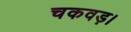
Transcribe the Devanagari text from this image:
चकवड़।